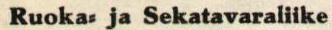
Ruoka- ja Sekatavaraliike